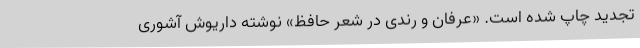
تجدید چاپ شده است. «عرفان و رندی در شعر حافظ» نوشته‌ داریوش آشوری